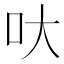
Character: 𠯈